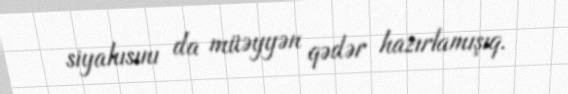
siyahısını da müəyyən qədər hazırlamışıq.